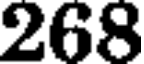
268